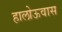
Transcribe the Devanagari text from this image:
हालोऊवास